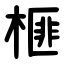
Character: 榧